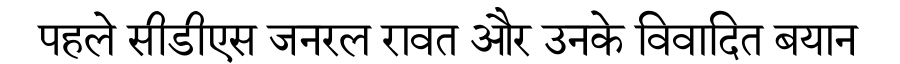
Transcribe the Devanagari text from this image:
पहले सीडीएस जनरल रावत और उनके विवादित बयान